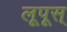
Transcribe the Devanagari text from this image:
लूपूस्